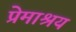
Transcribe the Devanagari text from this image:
प्रेमाश्रय